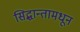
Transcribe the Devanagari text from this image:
सिद्धान्तामधून